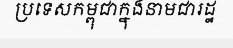
ប្រទេសកម្ពុជាក្នុងនាមជារដ្ឋ